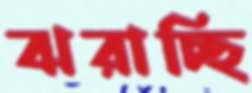
ঝরাচ্ছি